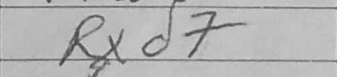
Transcription: Rxd7